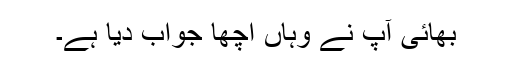
بھائی آپ نے وہاں اچھا جواب دیا ہے۔